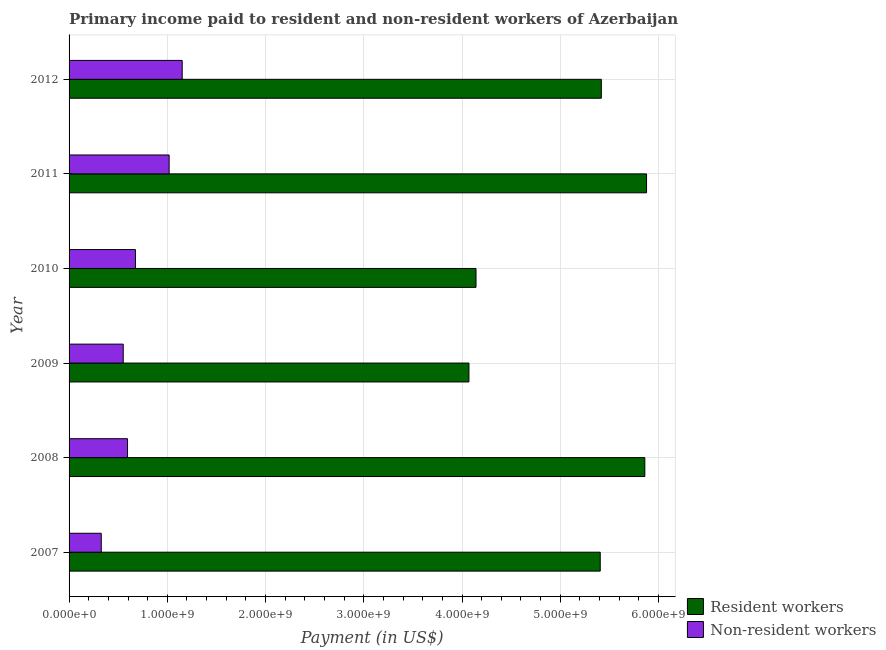
| Year | Resident workers | Non-resident workers |
 | --- | --- | --- |
 | 2007 | 5.41e+09 | 3.28e+08 |
 | 2008 | 5.86e+09 | 5.95e+08 |
 | 2009 | 4.07e+09 | 5.51e+08 |
 | 2010 | 4.14e+09 | 6.76e+08 |
 | 2011 | 5.88e+09 | 1.02e+09 |
 | 2012 | 5.42e+09 | 1.15e+09 |